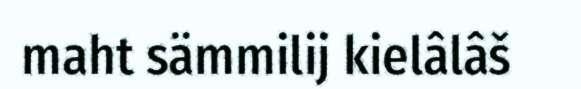
maht sämmilij kielâlâš